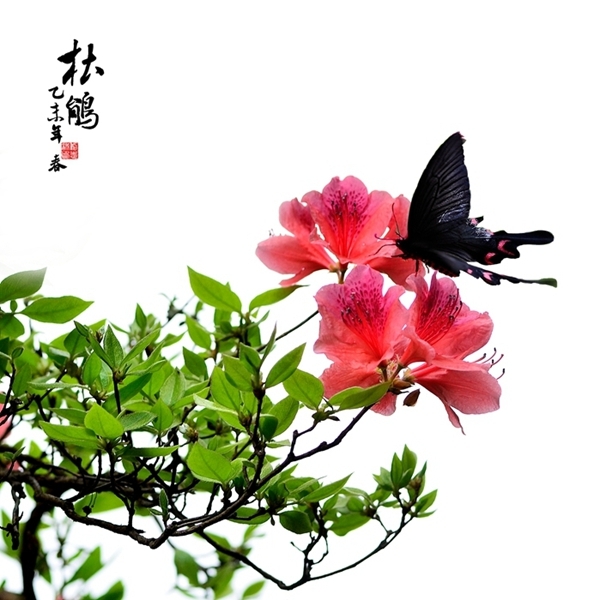
故人应念，杜鹃枝上残月。